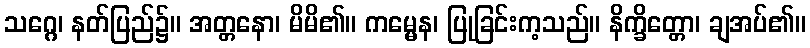
သဂ္ဂေ၊ နတ်ပြည်၌။ အတ္တနော၊ မိမိ၏။ ကမ္မေန၊ ပြုခြင်းက့သည်။ နိက္ခိတ္တော၊ ချအပ်၏။